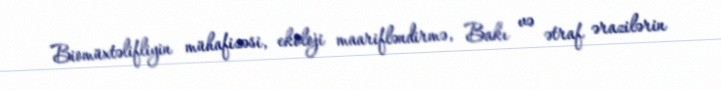
Biomüxtəlifliyin mühafizəsi, ekoloji maarifləndirmə, Bakı və ətraf ərazilərin